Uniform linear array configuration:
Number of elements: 16
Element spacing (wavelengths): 0.25
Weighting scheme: hamming
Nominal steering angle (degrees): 60
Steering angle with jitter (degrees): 58.845
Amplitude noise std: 0.05
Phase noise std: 0.05

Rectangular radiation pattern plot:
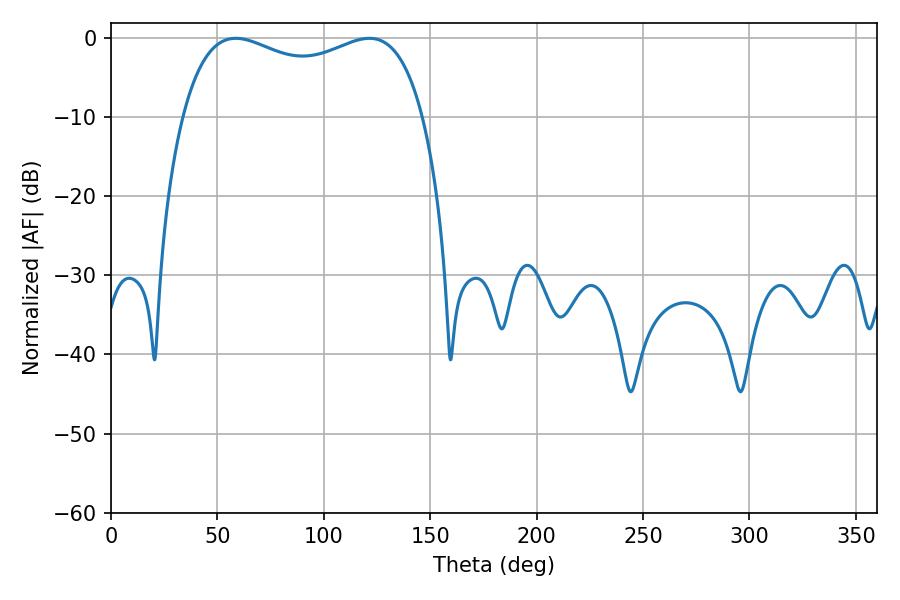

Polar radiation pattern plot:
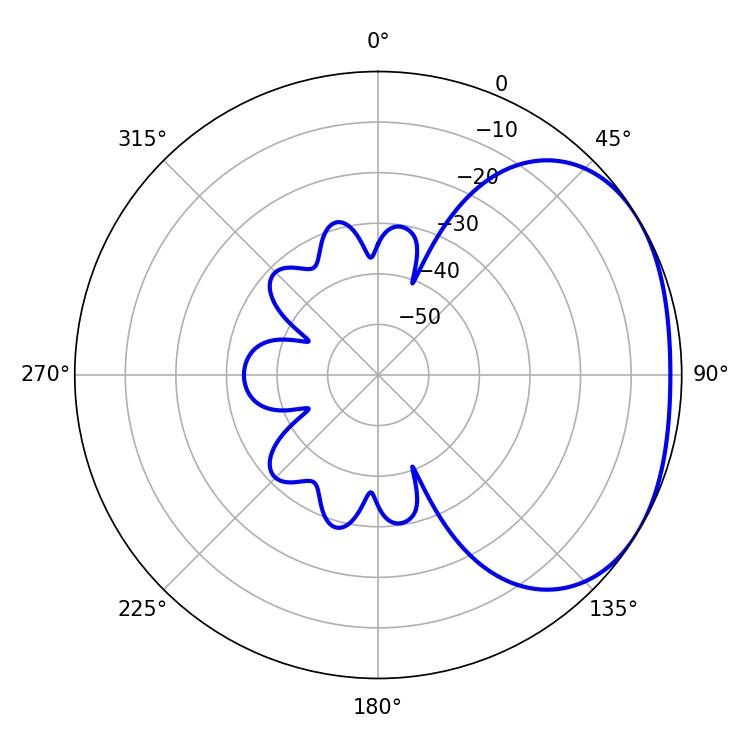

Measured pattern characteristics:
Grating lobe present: FALSE
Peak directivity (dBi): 2.181
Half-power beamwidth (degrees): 93.24
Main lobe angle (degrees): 58.68